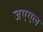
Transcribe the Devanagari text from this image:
जएएल